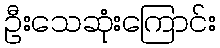
ဦးသေဆုံးကြောင်း